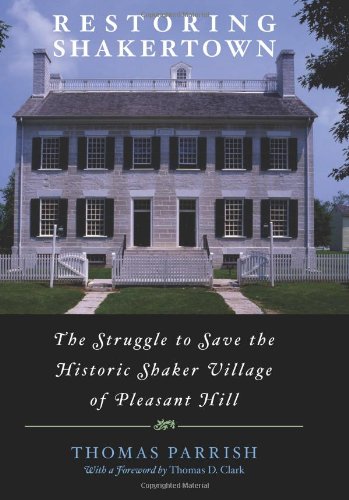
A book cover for Restoring Shakertown: The Struggle to Save the Historic Shaker Village of Pleasant Hill; Thomas Parrish; Christian Books & Bibles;